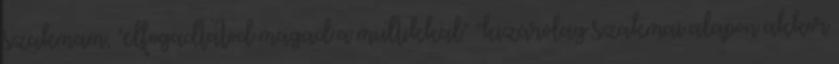
szakmam, "elfogadtatod magad a multikkal" "kizárólag szakmai alapon akkor